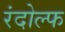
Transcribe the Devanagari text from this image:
रंदोल्फ